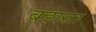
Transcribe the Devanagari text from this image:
बड़ासा